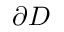
\partial D